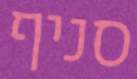
סניף